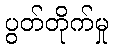
ပွတ်တိုက်မှု